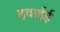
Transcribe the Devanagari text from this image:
हवाईई